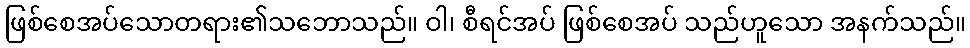
ဖြစ်စေအပ်သောတရား၏သဘောသည်။ ဝါ၊ စီရင်အပ် ဖြစ်စေအပ် သည်ဟူသော အနက်သည်။